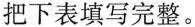
把下表填写完整。